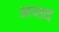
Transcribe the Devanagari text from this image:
अपाद